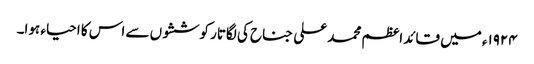
١٩٢۴ء میں قائد اعظم محمد علی جناح کی لگاتار کوششوں سے اس کا احیاء ہوا۔